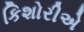
કિશોરીએ